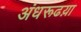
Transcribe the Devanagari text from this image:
अंधरूढय़ा